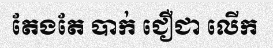
តែងតែ បាក់ ជឿជា លើក